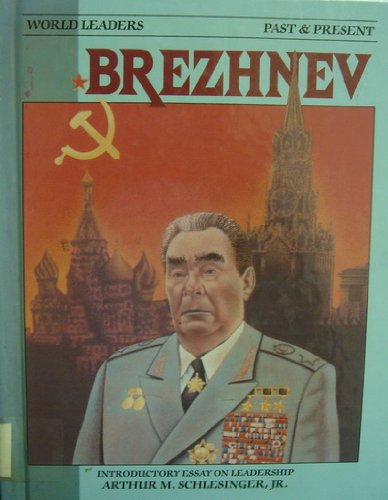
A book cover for Leonid Brezhnev (World Leaders Past and Present); Ina L. Navazelskis; Teen & Young Adult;